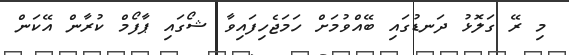
މި ރޭ ގަލޮޅު ދަނޑުގައި ބޭއްވުމަށް ހަމަޖެހިފައިވާ ޝޯގައި ޕާފޯމް ކުރާން އޭކަން